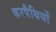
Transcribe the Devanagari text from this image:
करपैथियों